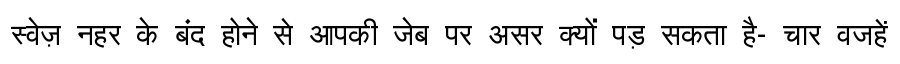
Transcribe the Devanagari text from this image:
स्वेज़ नहर के बंद होने से आपकी जेब पर असर क्यों पड़ सकता है- चार वजहें